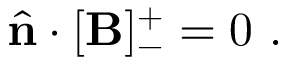
\hat { \mathbf { n } } \cdot [ \mathbf { B } ] _ { - } ^ { + } = 0 ~ .